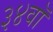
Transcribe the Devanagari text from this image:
३४वॉ